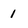
Character: 1